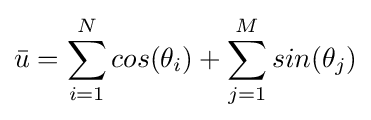
{\bar {u}}=\sum _{i=1}^{N}cos(\theta _{i})+\sum _{j=1}^{M}sin(\theta _{j})